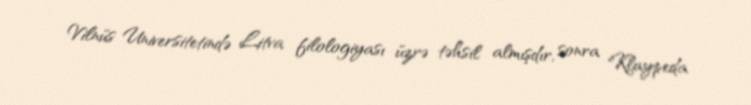
Vilnüs Universitetində Litva filologiyası üzrə təhsil almışdır, sonra Klaypeda